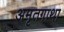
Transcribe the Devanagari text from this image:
अमृतगाथा